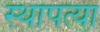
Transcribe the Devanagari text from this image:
स्थापत्या